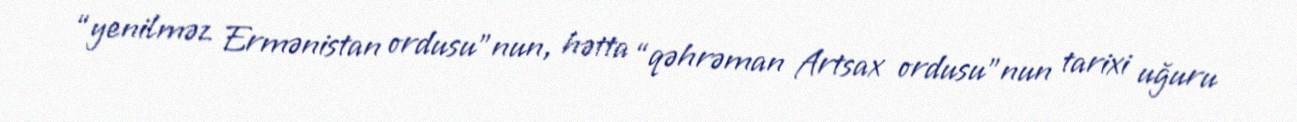
“yenilməz Ermənistan ordusu”nun, hətta “qəhrəman Artsax ordusu”nun tarixi uğuru